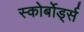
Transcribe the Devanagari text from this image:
स्कोर्बोर्ड्स